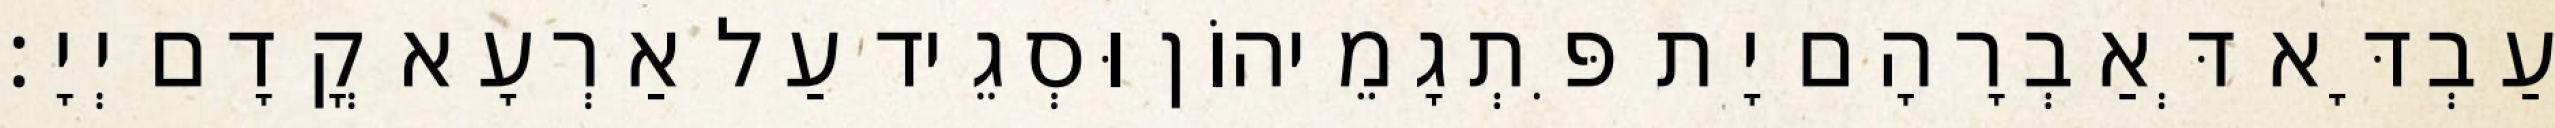
עַבְדָּא דְּאַבְרָהָם יָת פִּתְגָמֵיהוֹן וּסְגֵיד עַל אַרְעָא קֳדָם יְיָ׃